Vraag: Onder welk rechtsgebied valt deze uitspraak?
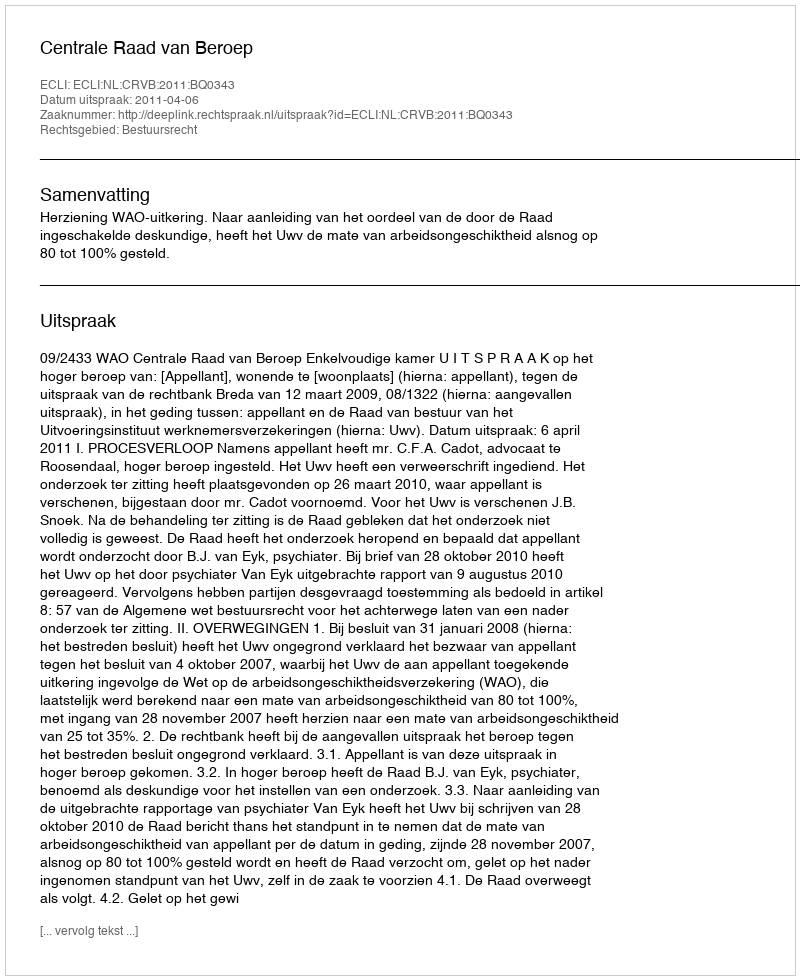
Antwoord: Bestuursrecht